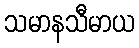
သမာနသီမာယ